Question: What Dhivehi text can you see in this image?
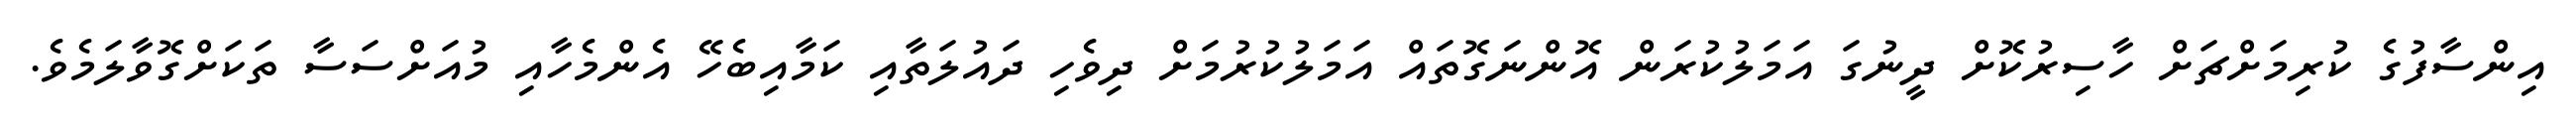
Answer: އިންސާފުގެ ކުރިމަށްޗަށް ހާސިރުކޮށް ދީނުގަ އަމަލުކުރަން އޮންނަގޮތައް އަމަލުކުރުމަށް ދިވެހި ދައުލަތާއި ކަމާއިބެހޭ އެންމެހާއި މުއަށްސަސާ ތަކަށްގޮވާލަމެވެ.